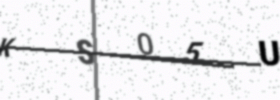
Text: KS05U